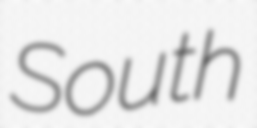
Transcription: South